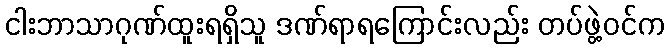
ငါးဘာသာဂုဏ်ထူးရရှိသူ ဒဏ်ရာရကြောင်းလည်း တပ်ဖွဲ့ဝင်က